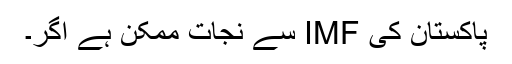
پاکستان کی IMF سے نجات ممکن ہے اگر۔